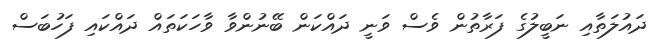
ދައުލަތާއި ނަބީލުގެ ފަރާތުން ވެސް ވަނީ ދައްކަން ބޭނުންވާ ވާހަކަތައް ދައްކައި ފަހުބަސް